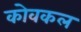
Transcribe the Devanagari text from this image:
कोवकल